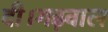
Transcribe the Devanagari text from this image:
दी।गढ़वाल